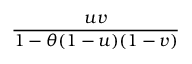
\frac { u v } { 1 - \theta ( 1 - u ) ( 1 - v ) }